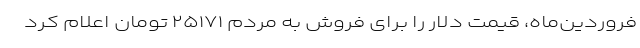
فروردین‌ماه، قیمت دلار را برای فروش به مردم ۲۵۱۷۱ تومان اعلام کرد